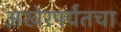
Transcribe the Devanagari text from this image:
अखेरपर्यंतचा